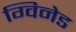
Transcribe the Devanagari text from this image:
ग्विनेड